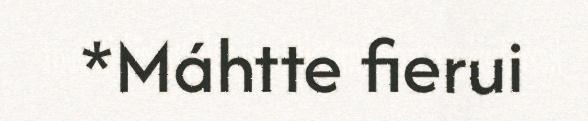
*Máhtte fierui